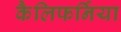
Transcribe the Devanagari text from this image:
कैलिफर्निया